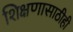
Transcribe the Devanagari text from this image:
शिक्षणासाठीही